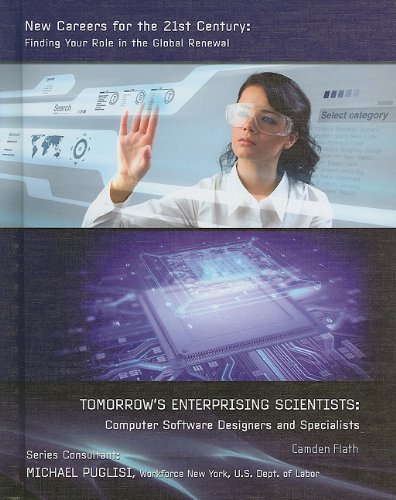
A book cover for Tomorrow's Enterprising Scientists: Computer Software Designers and Specialists (New Careers for the 21st Century: Finding Your Role in the Global Renewal); Camden Flath; Teen & Young Adult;